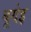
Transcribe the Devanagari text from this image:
बूयेइ